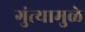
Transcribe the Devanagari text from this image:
गुंत्यामुळे